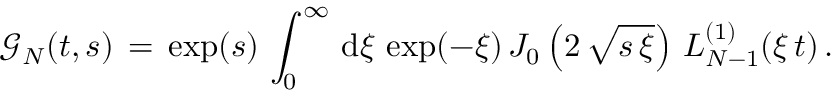
\begin{array} { l } { \displaystyle \mathcal { G } _ { N } ( t , s ) \, = \, \displaystyle \exp ( s ) \, \int _ { 0 } ^ { \infty } \, \mathrm { d } \xi \, \exp ( - \xi ) \, J _ { 0 } \left( 2 \, \sqrt { s \, \xi } \right) \, L _ { N - 1 } ^ { ( 1 ) } ( \xi \, { t } ) \, . } \end{array}